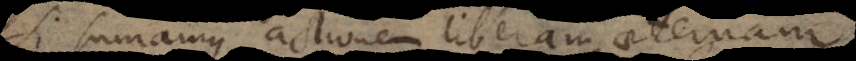
Si sumamus actionem liberam aeternam,